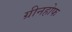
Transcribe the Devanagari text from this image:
ग्रीनहोफ